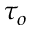
\tau _ { o }